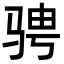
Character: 骋